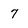
Character: 7